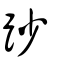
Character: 䟞